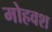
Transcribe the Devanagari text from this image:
मोहवश